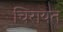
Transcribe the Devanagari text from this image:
चिरायत